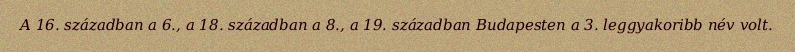
A 16. században a 6., a 18. században a 8., a 19. században Budapesten a 3. leggyakoribb név volt.